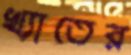
খ্যাতের